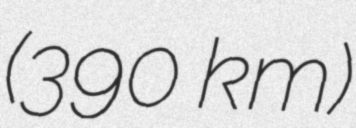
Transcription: (390 km)